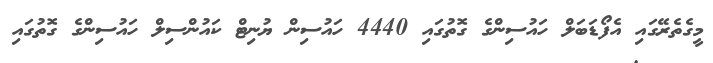
މީގެތެރޭގައި އެފޯޑަބަލް ހައުސިންގެ ގޮތުގައި 4440 ހައުސިން ޔުނިޓް ކައުންސިލް ހައުސިންގެ ގޮތުގައި